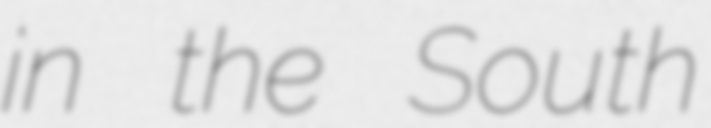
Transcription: in the South